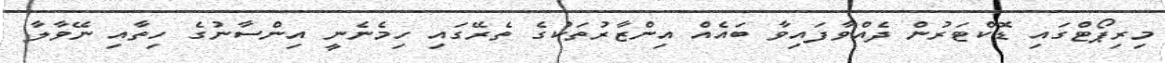
މިރިޕޯޓްގައި ޑޮކްޓަރުން ދެއްވާފައިވާ ބައެއް އިންޒާރުތަކުގެ ތެރޭގައި ހިމެނެނީ އިންސާނުގެ ހިތާއި ނޭވާލާ